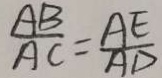
\frac { A B } { A C } = \frac { A E } { A D }